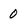
Character: 0